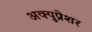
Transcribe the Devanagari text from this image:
अक्युप्रेशर